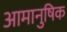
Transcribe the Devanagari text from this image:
आमानुषिक